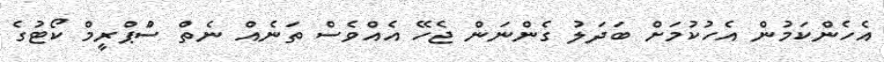
އެހެންކަމުން އެހުކުމަށް ބަދަލު ގެންނަން ޖެހޭ އެއްވެސް ތަނެއް ނެތް ސުްޕްރީމް ކޯޓުގެ